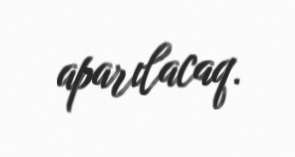
aparılacaq.